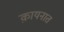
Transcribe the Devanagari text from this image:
क़ायनात